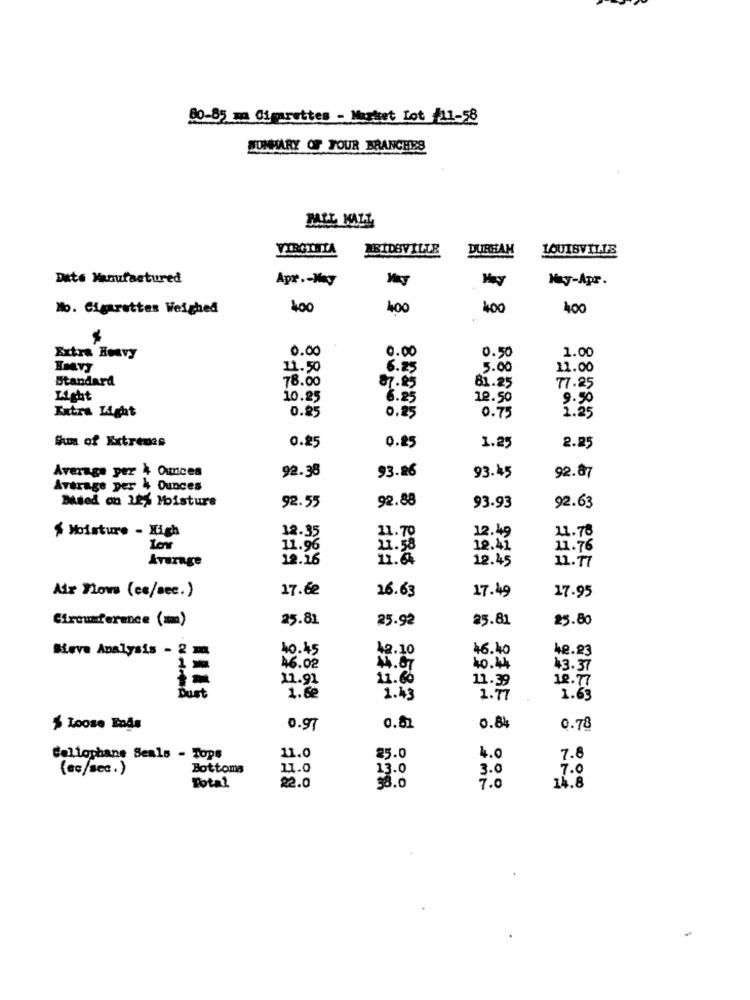
00-85 m0 Cigarettes - Market Lot /11-58
SUMMARY OF TOUR BRANCHES
BALL MALL
VIRGINIA
REIDSVILLE
DURHAM
LOUISVILLE
Dite Manufactured
Apr .- Way
Hay
Hay-Apr.
Mo. Cigarettes Weighed
400
400
400
0.00
0.50
1.00
Extra Heavy
0.00
11.50
6.25
5.00
11.00
Standard
78.00
87.25
81.25
77.25
Light
10.25
6.25
12.50
9.50
Extra Light
0.25
0.25
1.25
0.75
Sum of Extremes
2.25
0.25
0.25
1.25
Average per 4 Ounces
92.38
93.26
93.45
92.87
Average per 4 Ounces
Died on 224 Moisture
92.88
92.55
93.93
92.63
12-35
21. 70
12.49
11.78
$ Moisture - High
11.96
21.58
12.41
11.76
Average
12.16
11.6
12.45
11.17
17.6e
16.63
17.49
17.95
Air Flows (ce/sec.)
25.81
25.92
25.81
25.80
Circumference (m)
Sieve Analysis - 2 m
40.45
42.10
46.40
40.23
=
46.02
40.44
43.37
11.91
11.60
11.39
18.77
Dust
1.62
1.43
1.77
1.63
$ Loose Ends
0.97
0.81
0.84
0.78
Cellophane Seals - Tops
11.0
25.0
4.0
7.8
(ac/sec.)
Bottoms
11.0
13.0
3.0
7.0
$8.0
Total
22.0
7.0
14.8